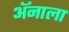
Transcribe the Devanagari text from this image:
ॲनाला